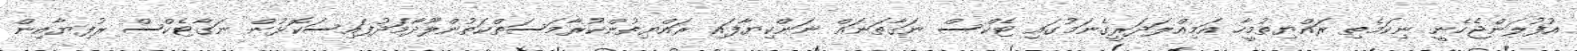
އުފުލަންޖެހެނީ ނިކަމެތި ރައްޔިތުމީހާ އަމިއްލަދަރީގެނަމުގައި ޓެކްސް ނަގާތަނައް ނަންކިޔާފައި ރައްޔިތުންކުރާމަސަތްކަތުންލޫދާމަދުފައިސަކޮޅުން ނަގާޓެކްސް ރުފިޔާއިން